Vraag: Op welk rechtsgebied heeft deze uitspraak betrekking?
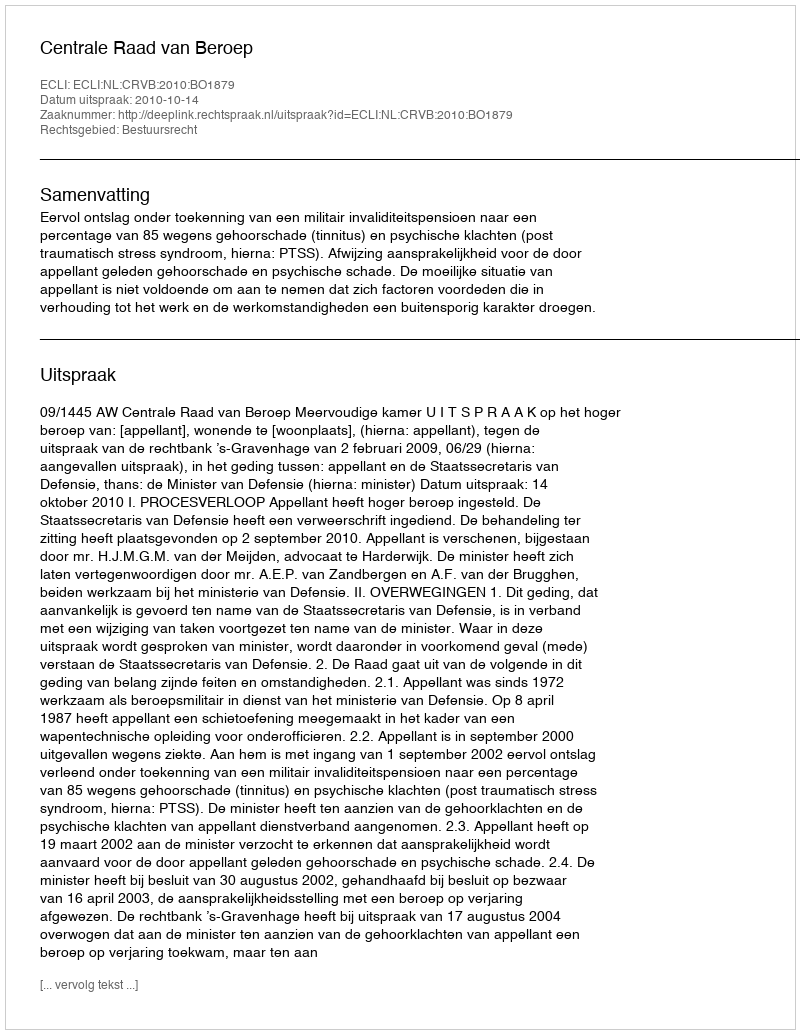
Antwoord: Bestuursrecht